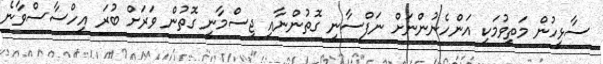
ސާޅީހުން މަތިވުމަކީ އަންހެނުންނަށް ނަފްސާނީ ގޮތުންނާއި ޖިސްމާނީ ގޮތުން ވަރަށް ބުރަ އިހްސާސްވާނެ